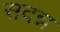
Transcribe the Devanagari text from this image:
सदन्न